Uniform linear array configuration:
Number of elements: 8
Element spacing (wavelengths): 1
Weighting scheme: blackman
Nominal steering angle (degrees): -30
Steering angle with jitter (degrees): -29.547
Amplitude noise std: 0.05
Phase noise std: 0.05

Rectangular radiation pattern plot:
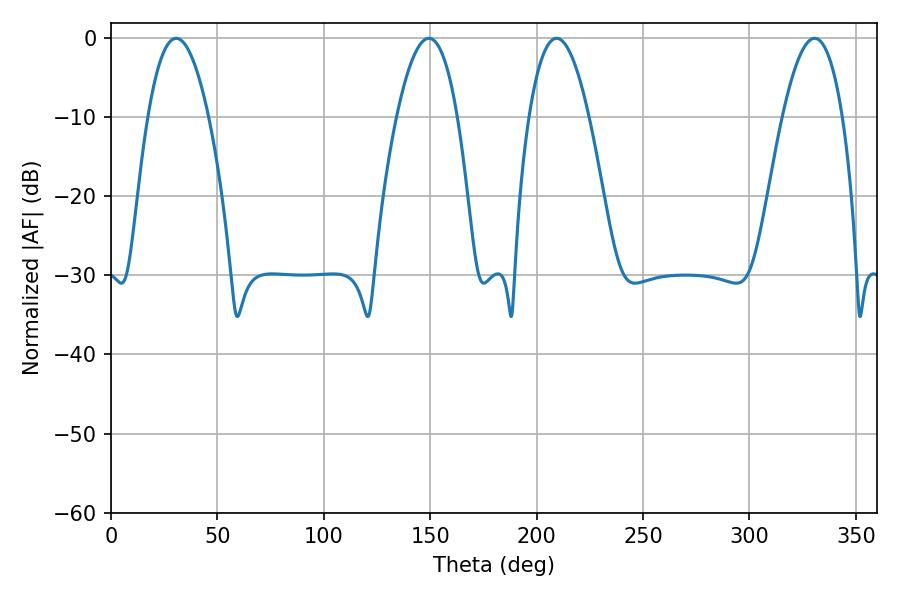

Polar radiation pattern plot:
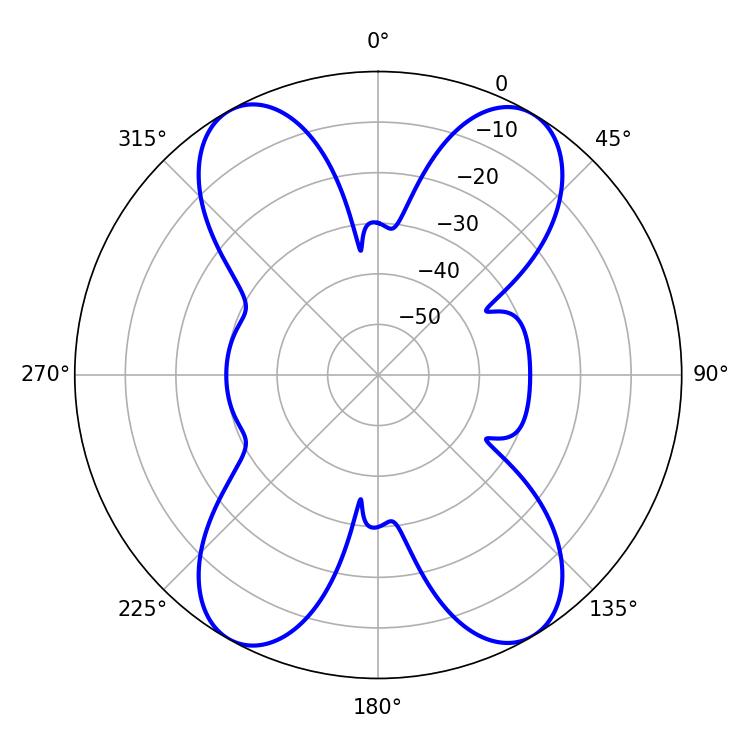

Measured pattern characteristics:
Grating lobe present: TRUE
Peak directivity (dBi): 21.939
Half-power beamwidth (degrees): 15.66
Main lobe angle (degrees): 30.6